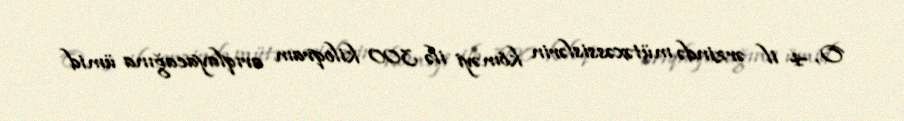
O, 4 il ərzində mütəxəssislərin köməyi ilə 300 kiloqram arıqlayacağına ümid